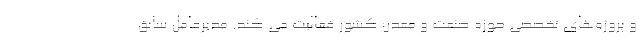
و پروژه‌های تخصصی حوزه صنعت و معدن کشور فعالیت می کند. مدیرعامل سابق